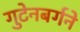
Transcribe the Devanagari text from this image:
गुटेनबर्गने